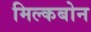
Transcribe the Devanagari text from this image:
मिल्कबोन